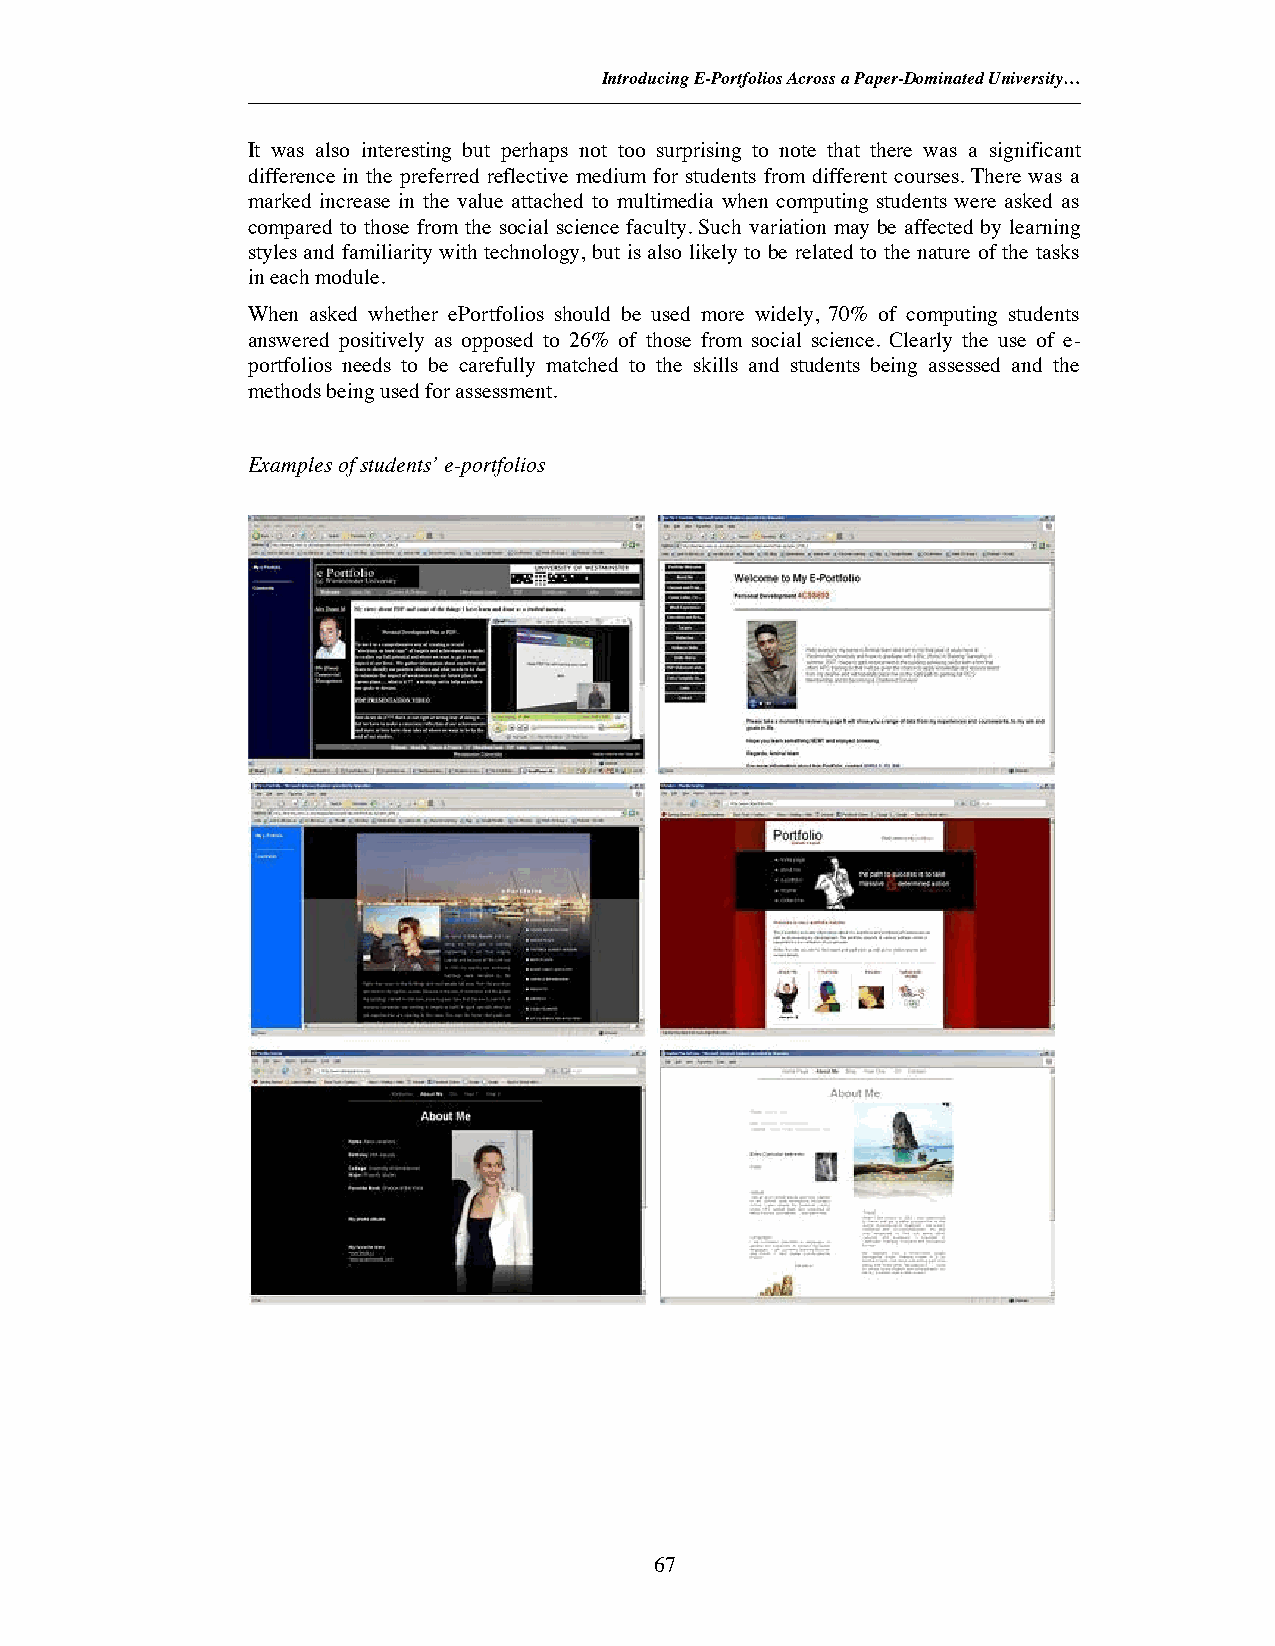
Introducing E-Portfolios Across a Paper-Dominated University…
 It was also interesting but perhaps not too surprising to note that there was a significant
 difference in the preferred reflective medium for students from different courses. There was a
 marked increase in the value attached to multimedia when computing students were asked as
 compared to those from the social science faculty. Such variation may be affected by learning
 styles and familiarity with technology, but is also likely to be related to the nature of the tasks
 in each module.
 When asked whether ePortfolios should be used more widely, 70% of computing students
 answered positively as opposed to 26% of those from social science. Clearly the use of e-
 portfolios needs to be carefully matched to the skills and students being assessed and the
 methods being used for assessment.
 Examples of students’ e-portfolios
 67